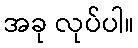
အခု လုပ်ပါ။